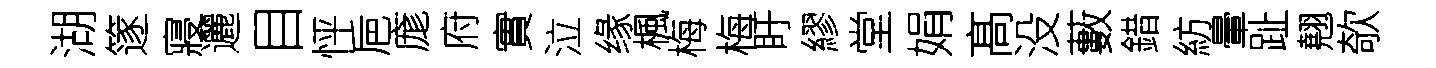
湖篴寢邐目怦巵庬府實泣缘楓梅梅盱繆堂娟髙没藪錯紡暈趾翹欹